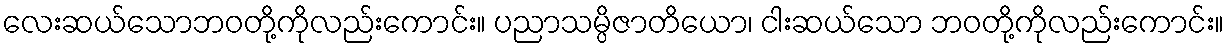
လေးဆယ်သောဘဝတို့ကိုလည်းကောင်း။ ပညာသမ္ပိဇာတိယော၊ ငါးဆယ်သော ဘဝတို့ကိုလည်းကောင်း။